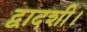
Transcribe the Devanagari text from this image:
द्वादशी।